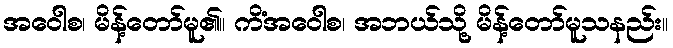
အဝေါစ၊ မိန့်တော်မူ၏။ ကိံအဝေါစ၊ အဘယ်သို့ မိန့်တော်မူသနည်း။